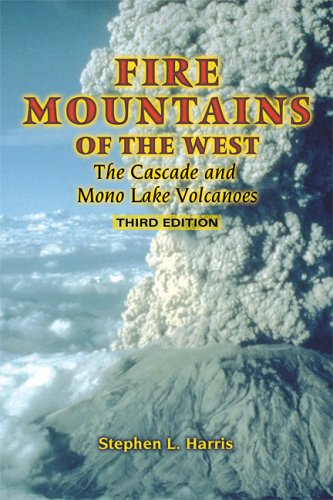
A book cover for Fire Mountains of the West: The Cascade And Mono Lake Volcanoes; Stephen L. Harris; Science & Math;